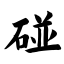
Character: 碰